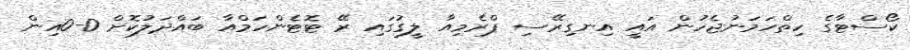
ކޯސްޓާގެ ހިތްހަމަނުޖެހުން އައީ އިނގިރޭސި ޕްރެމިއާ ލީގުގައި ރޭ ޓޮޓެންހަމްއާ ބައްދަލުކޮށް 0-0އިން